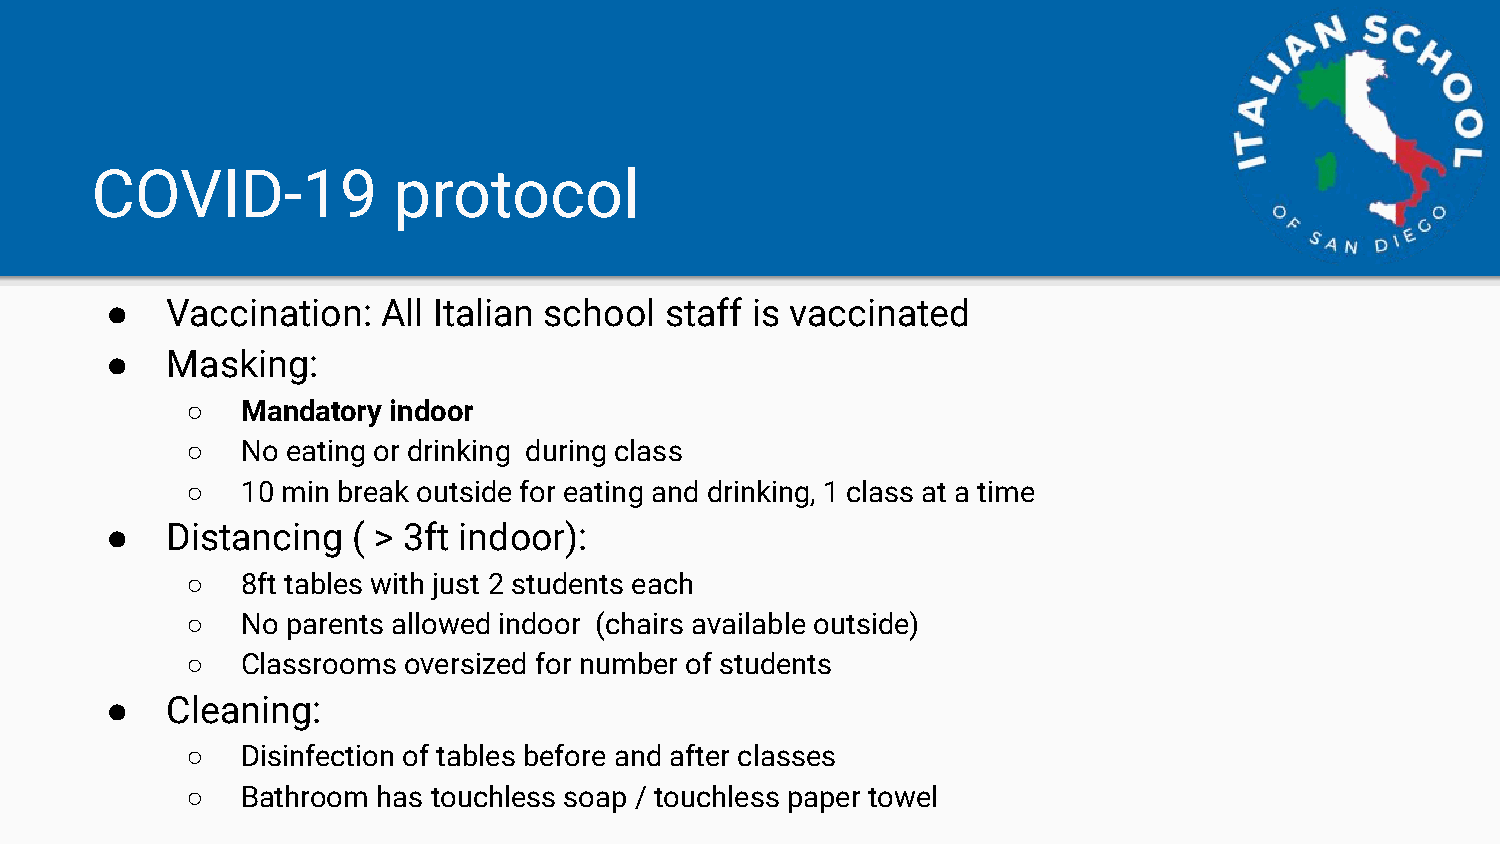
COVID-19            protocol
 ●   Vaccination:  All Italian school staff is vaccinated
 ●   Masking:
 ○   Mandatory indoor
 ○   No eating or drinking during class
 ○   10 min break outside for eating and drinking, 1 class at a time
 ●   Distancing  ( > 3ft indoor):
 ○   8ft tables with just 2 students each
 ○   No parents allowed indoor (chairs available outside)
 ○   Classrooms oversized for number of students
 ●   Cleaning:
 ○   Disinfection of tables before and after classes
 ○   Bathroom has touchless soap / touchless paper towel